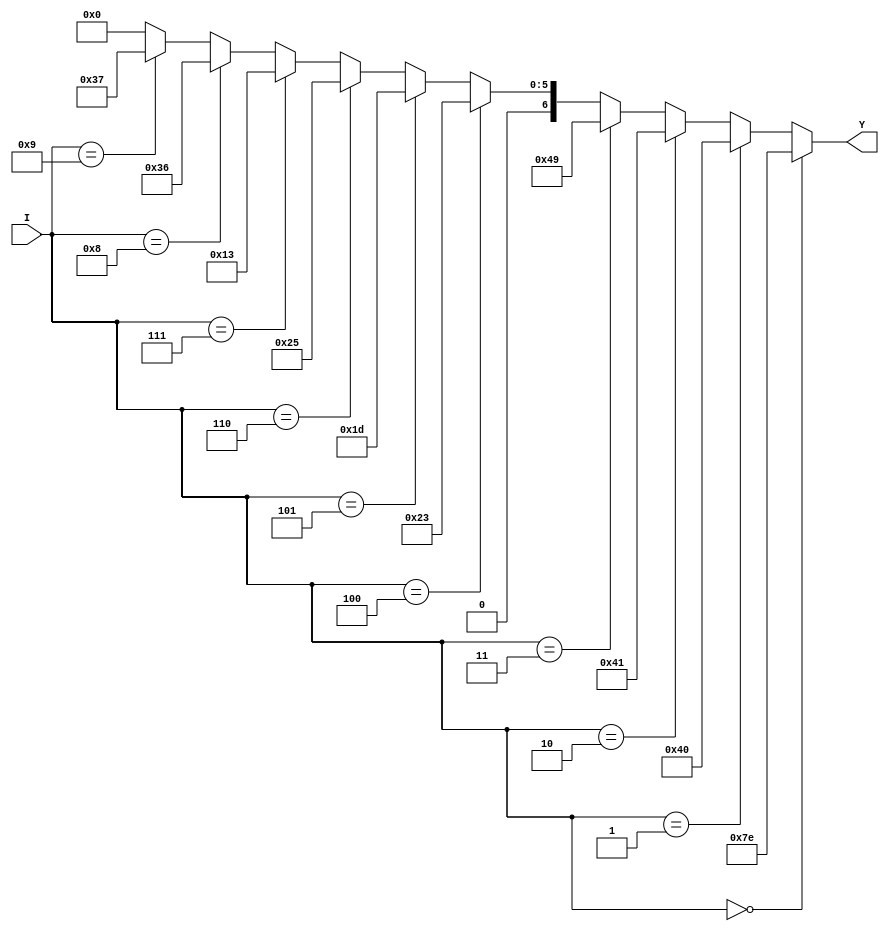
`timescale 1ns / 1ps
//////////////////////////////////////////////////////////////////////////////////
// Company: 
// Engineer: 
// 
// Design Name: 
// Module Name:    klingon_dataflow 
// Project Name: 
// Target Devices: 
// Tool versions: 
// Description: 
//
// Dependencies: 
//
// Revision: 
// Revision 0.01 - File Created
// Additional Comments: 
//
//////////////////////////////////////////////////////////////////////////////////
module klingon_dataflow(
    input [3:0] I,
    output [6:0] Y
    );

	wire[6:0] out;
	
	assign Y = out;
	assign Y = (I==4'b0000)? 7'b1111110:
				(I==4'b0001) ? 7'b1000000:
				(I==4'b0010) ? 7'b1000001:
				(I==4'b0011) ? 7'b1001001:
				(I==4'b0100) ? 7'b0100011:
				(I==4'b0101) ? 7'b0011101:
				(I==4'b0110) ? 7'b0100101:
				(I==4'b0111) ? 7'b0010011:
				(I==4'b1000) ? 7'b0110110:
				(I==4'b1001) ? 7'b0110111:
				7'b0000000;
endmodule